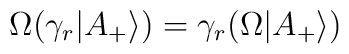
\Omega (\gamma_r|A_+\rangle)=\gamma_r(\Omega|A_+\rangle)